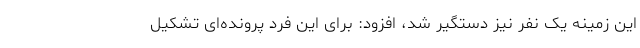
این زمینه یک نفر نیز دستگیر شد، افزود: برای این فرد پرونده‌ای تشکیل